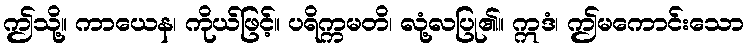
ဤသို့။ ကာယေန၊ ကိုယ်ဖြင့်။ ပရိက္ကမတိ၊ လုံ့လပြု၏။ ဣဒံ၊ ဤမကောင်းသော